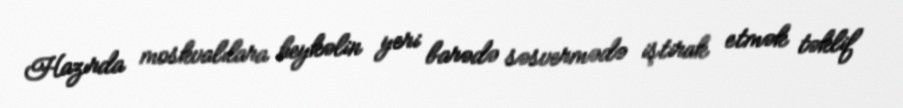
Hazırda moskvalılara heykəlin yeri barədə səsvermədə iştirak etmək təklif